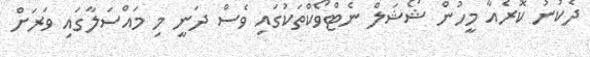
ދެކުނު ކޮރެއާ މީހުން ޝޯޝަލް ނެޓްވޯކްތަކުގައި ވެސް ދަނީ މި މައްސަލާގައި ވަރަށް